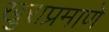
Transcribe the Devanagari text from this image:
खुराप्रमाणे